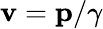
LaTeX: \mathbf{v}=\mathbf{p}/\gamma